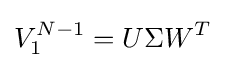
V_{1}^{N-1}=U\Sigma W^{T}